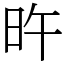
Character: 旿